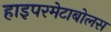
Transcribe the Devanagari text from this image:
हाइपरमेटाबोलस